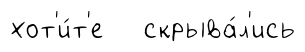
хот'и́т'е скрыва́л'ись